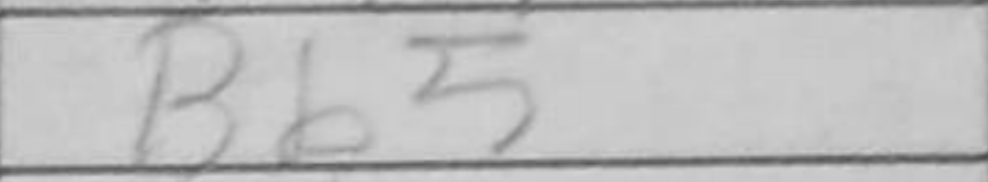
Transcription: Bb5